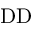
\mathrm { D D }